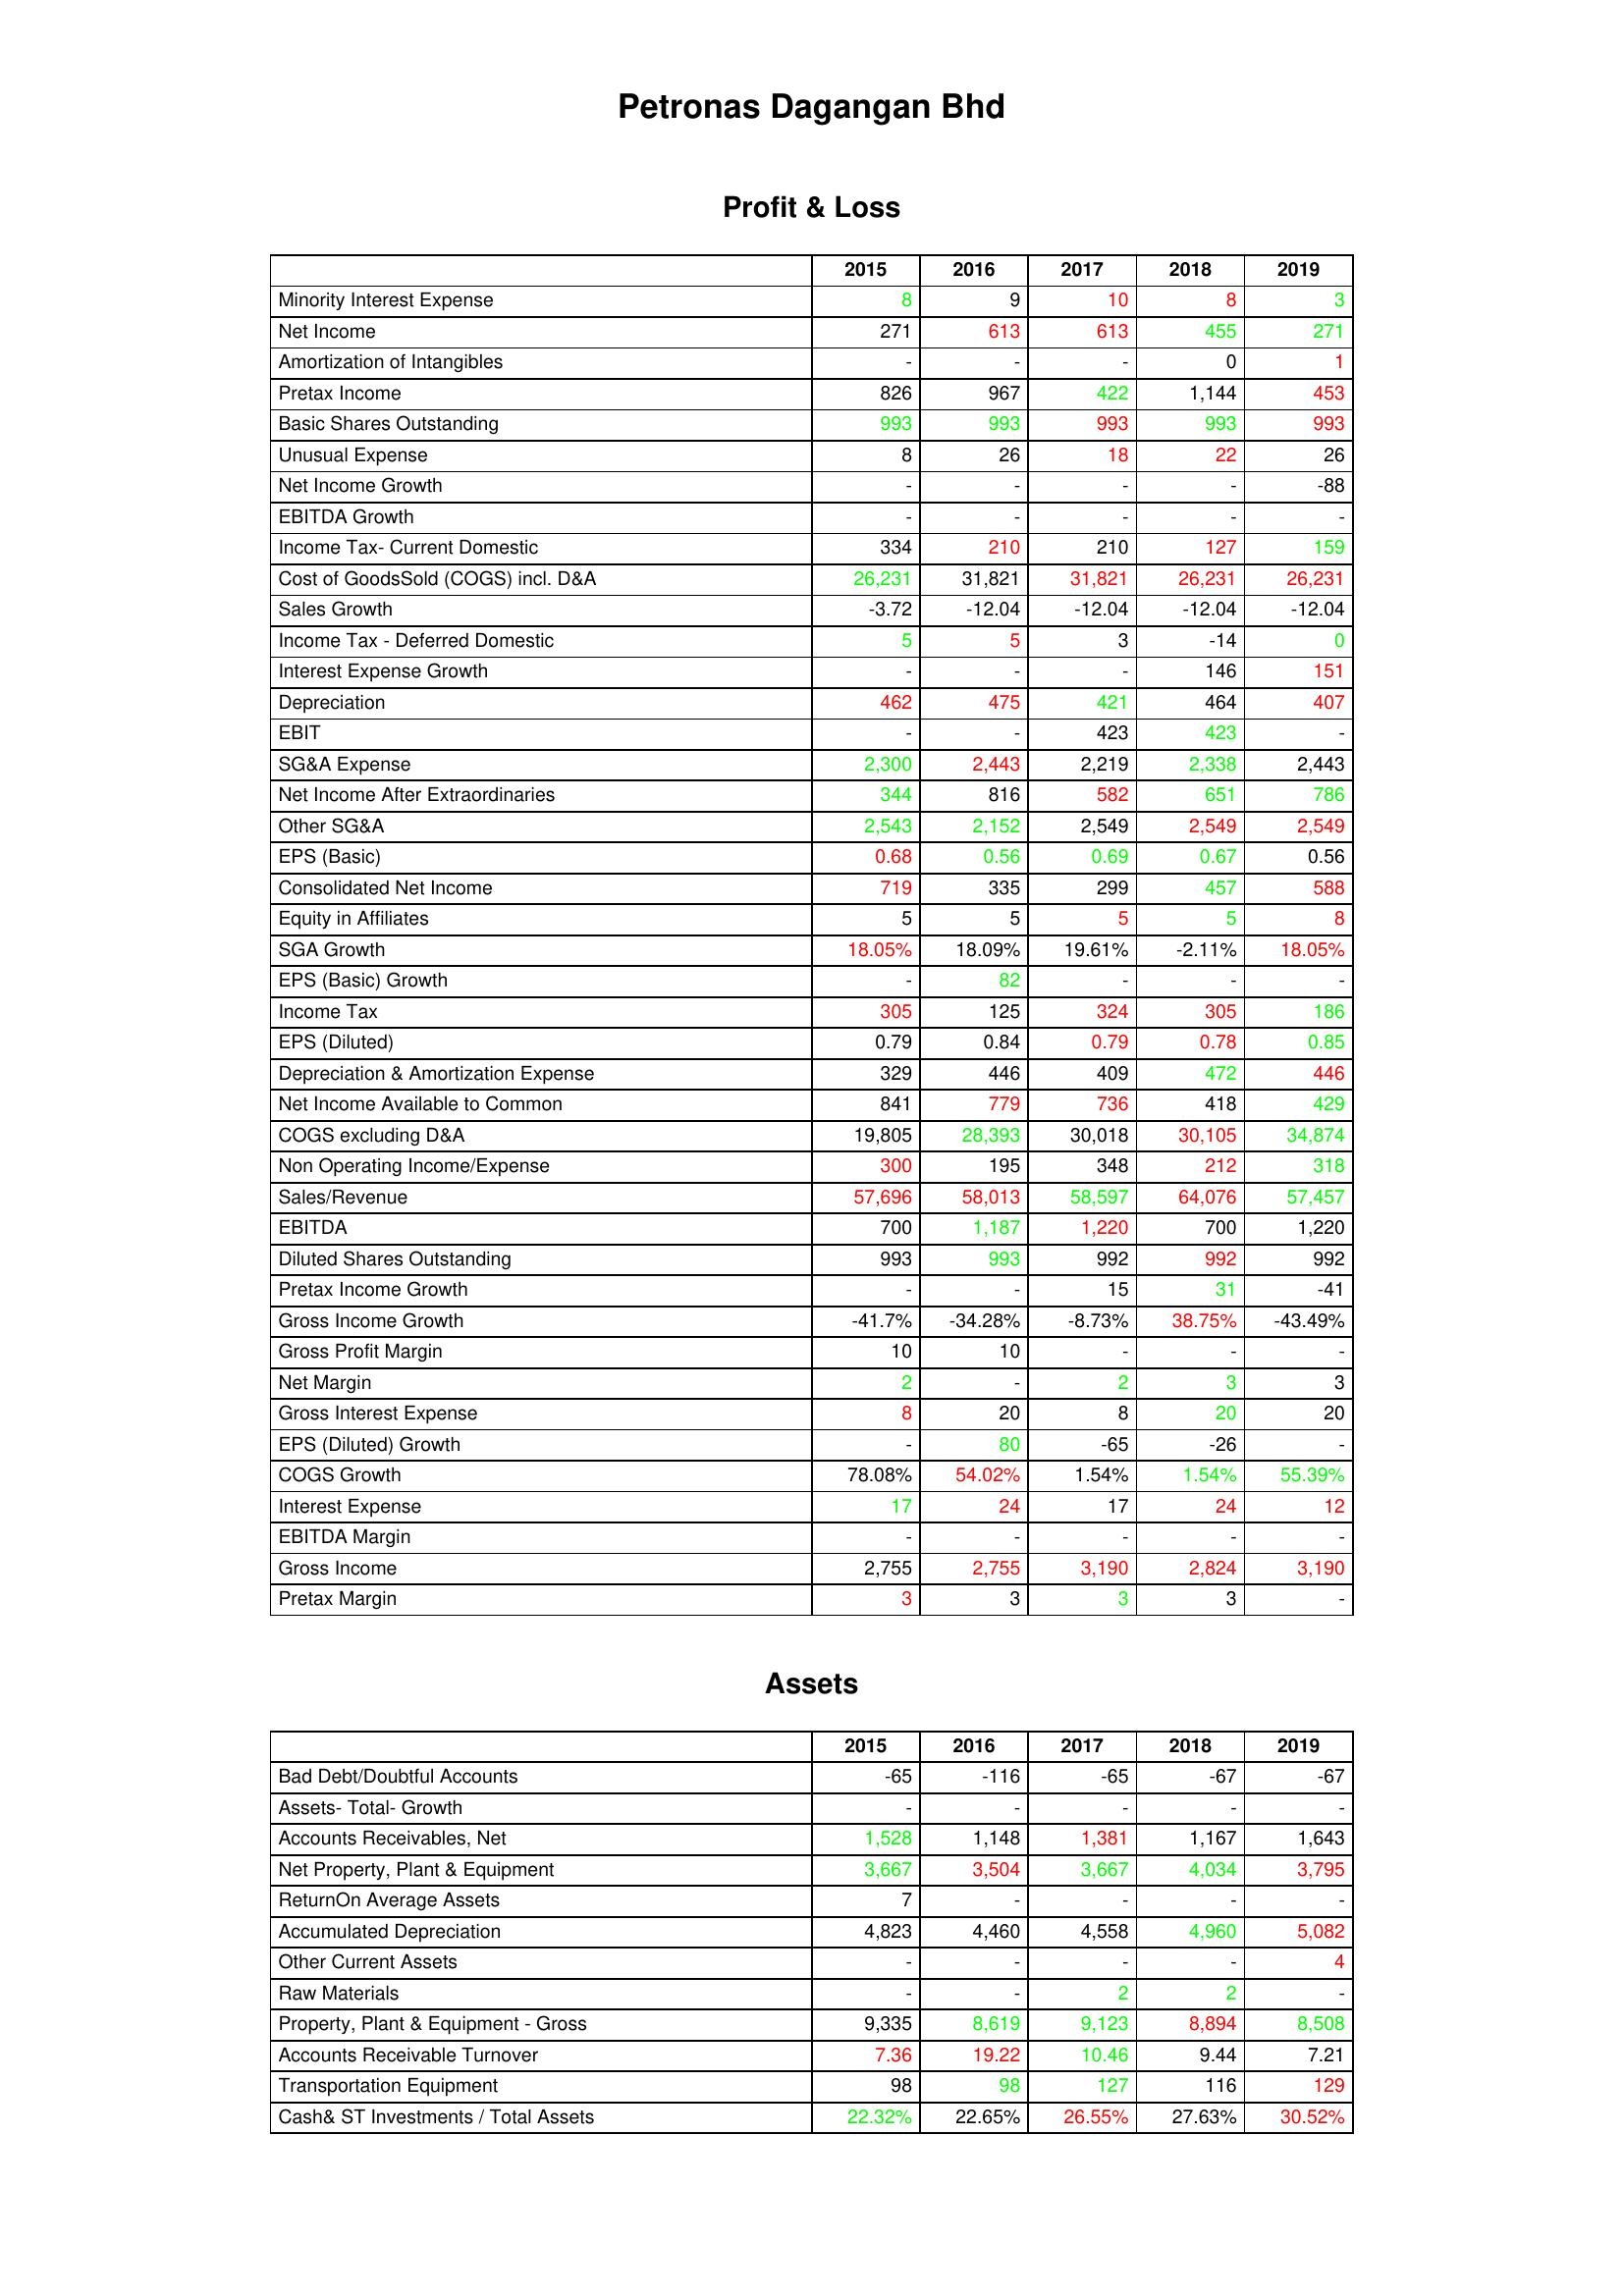
gt_parse: 2015: Profit & Loss: Minority Interest Expense: 8
Net Income: 271
Amortization of Intangibles: -
Pretax Income: 826
Basic Shares Outstanding: 993
Unusual Expense: 8
Net Income Growth: -
EBITDA Growth: -
Income Tax- Current Domestic: 334
Cost of GoodsSold (COGS) incl. D&A: 26,231
Sales Growth: -3.72
Income Tax - Deferred Domestic: 5
Interest Expense Growth: -
Depreciation: 462
EBIT: -
SG&A Expense: 2,300
Net Income After Extraordinaries: 344
Other SG&A: 2,543
EPS (Basic): 0.68
Consolidated Net Income: 719
Equity in Affiliates: 5
SGA Growth: 18.05%
EPS (Basic) Growth: -
Income Tax: 305
EPS (Diluted): 0.79
Depreciation & Amortization Expense: 329
Net Income Available to Common: 841
COGS excluding D&A: 19,805
Non Operating Income/Expense: 300
Sales/Revenue: 57,696
EBITDA: 700
Diluted Shares Outstanding: 993
Pretax Income Growth: -
Gross Income Growth: -41.7%
Gross Profit Margin: 10
Net Margin: 2
Gross Interest Expense: 8
EPS (Diluted) Growth: -
COGS Growth: 78.08%
Interest Expense: 17
EBITDA Margin: -
Gross Income: 2,755
Pretax Margin: 3
Assets: Bad Debt/Doubtful Accounts: -65
Assets- Total- Growth: -
Accounts Receivables, Net: 1,528
Net Property, Plant & Equipment: 3,667
ReturnOn Average Assets: 7
Accumulated Depreciation: 4,823
Other Current Assets: -
Raw Materials: -
Property, Plant & Equipment - Gross : 9,335
Accounts Receivable Turnover: 7.36
Transportation Equipment: 98
Cash& ST Investments / Total Assets: 22.32%
2016: Profit & Loss: Minority Interest Expense: 9
Net Income: 613
Amortization of Intangibles: -
Pretax Income: 967
Basic Shares Outstanding: 993
Unusual Expense: 26
Net Income Growth: -
EBITDA Growth: -
Income Tax- Current Domestic: 210
Cost of GoodsSold (COGS) incl. D&A: 31,821
Sales Growth: -12.04
Income Tax - Deferred Domestic: 5
Interest Expense Growth: -
Depreciation: 475
EBIT: -
SG&A Expense: 2,443
Net Income After Extraordinaries: 816
Other SG&A: 2,152
EPS (Basic): 0.56
Consolidated Net Income: 335
Equity in Affiliates: 5
SGA Growth: 18.09%
EPS (Basic) Growth: 82
Income Tax: 125
EPS (Diluted): 0.84
Depreciation & Amortization Expense: 446
Net Income Available to Common: 779
COGS excluding D&A: 28,393
Non Operating Income/Expense: 195
Sales/Revenue: 58,013
EBITDA: 1,187
Diluted Shares Outstanding: 993
Pretax Income Growth: -
Gross Income Growth: -34.28%
Gross Profit Margin: 10
Net Margin: -
Gross Interest Expense: 20
EPS (Diluted) Growth: 80
COGS Growth: 54.02%
Interest Expense: 24
EBITDA Margin: -
Gross Income: 2,755
Pretax Margin: 3
Assets: Bad Debt/Doubtful Accounts: -116
Assets- Total- Growth: -
Accounts Receivables, Net: 1,148
Net Property, Plant & Equipment: 3,504
ReturnOn Average Assets: -
Accumulated Depreciation: 4,460
Other Current Assets: -
Raw Materials: -
Property, Plant & Equipment - Gross : 8,619
Accounts Receivable Turnover: 19.22
Transportation Equipment: 98
Cash& ST Investments / Total Assets: 22.65%
2017: Profit & Loss: Minority Interest Expense: 10
Net Income: 613
Amortization of Intangibles: -
Pretax Income: 422
Basic Shares Outstanding: 993
Unusual Expense: 18
Net Income Growth: -
EBITDA Growth: -
Income Tax- Current Domestic: 210
Cost of GoodsSold (COGS) incl. D&A: 31,821
Sales Growth: -12.04
Income Tax - Deferred Domestic: 3
Interest Expense Growth: -
Depreciation: 421
EBIT: 423
SG&A Expense: 2,219
Net Income After Extraordinaries: 582
Other SG&A: 2,549
EPS (Basic): 0.69
Consolidated Net Income: 299
Equity in Affiliates: 5
SGA Growth: 19.61%
EPS (Basic) Growth: -
Income Tax: 324
EPS (Diluted): 0.79
Depreciation & Amortization Expense: 409
Net Income Available to Common: 736
COGS excluding D&A: 30,018
Non Operating Income/Expense: 348
Sales/Revenue: 58,597
EBITDA: 1,220
Diluted Shares Outstanding: 992
Pretax Income Growth: 15
Gross Income Growth: -8.73%
Gross Profit Margin: -
Net Margin: 2
Gross Interest Expense: 8
EPS (Diluted) Growth: -65
COGS Growth: 1.54%
Interest Expense: 17
EBITDA Margin: -
Gross Income: 3,190
Pretax Margin: 3
Assets: Bad Debt/Doubtful Accounts: -65
Assets- Total- Growth: -
Accounts Receivables, Net: 1,381
Net Property, Plant & Equipment: 3,667
ReturnOn Average Assets: -
Accumulated Depreciation: 4,558
Other Current Assets: -
Raw Materials: 2
Property, Plant & Equipment - Gross : 9,123
Accounts Receivable Turnover: 10.46
Transportation Equipment: 127
Cash& ST Investments / Total Assets: 26.55%
2018: Profit & Loss: Minority Interest Expense: 8
Net Income: 455
Amortization of Intangibles: 0
Pretax Income: 1,144
Basic Shares Outstanding: 993
Unusual Expense: 22
Net Income Growth: -
EBITDA Growth: -
Income Tax- Current Domestic: 127
Cost of GoodsSold (COGS) incl. D&A: 26,231
Sales Growth: -12.04
Income Tax - Deferred Domestic: -14
Interest Expense Growth: 146
Depreciation: 464
EBIT: 423
SG&A Expense: 2,338
Net Income After Extraordinaries: 651
Other SG&A: 2,549
EPS (Basic): 0.67
Consolidated Net Income: 457
Equity in Affiliates: 5
SGA Growth: -2.11%
EPS (Basic) Growth: -
Income Tax: 305
EPS (Diluted): 0.78
Depreciation & Amortization Expense: 472
Net Income Available to Common: 418
COGS excluding D&A: 30,105
Non Operating Income/Expense: 212
Sales/Revenue: 64,076
EBITDA: 700
Diluted Shares Outstanding: 992
Pretax Income Growth: 31
Gross Income Growth: 38.75%
Gross Profit Margin: -
Net Margin: 3
Gross Interest Expense: 20
EPS (Diluted) Growth: -26
COGS Growth: 1.54%
Interest Expense: 24
EBITDA Margin: -
Gross Income: 2,824
Pretax Margin: 3
Assets: Bad Debt/Doubtful Accounts: -67
Assets- Total- Growth: -
Accounts Receivables, Net: 1,167
Net Property, Plant & Equipment: 4,034
ReturnOn Average Assets: -
Accumulated Depreciation: 4,960
Other Current Assets: -
Raw Materials: 2
Property, Plant & Equipment - Gross : 8,894
Accounts Receivable Turnover: 9.44
Transportation Equipment: 116
Cash& ST Investments / Total Assets: 27.63%
2019: Profit & Loss: Minority Interest Expense: 3
Net Income: 271
Amortization of Intangibles: 1
Pretax Income: 453
Basic Shares Outstanding: 993
Unusual Expense: 26
Net Income Growth: -88
EBITDA Growth: -
Income Tax- Current Domestic: 159
Cost of GoodsSold (COGS) incl. D&A: 26,231
Sales Growth: -12.04
Income Tax - Deferred Domestic: 0
Interest Expense Growth: 151
Depreciation: 407
EBIT: -
SG&A Expense: 2,443
Net Income After Extraordinaries: 786
Other SG&A: 2,549
EPS (Basic): 0.56
Consolidated Net Income: 588
Equity in Affiliates: 8
SGA Growth: 18.05%
EPS (Basic) Growth: -
Income Tax: 186
EPS (Diluted): 0.85
Depreciation & Amortization Expense: 446
Net Income Available to Common: 429
COGS excluding D&A: 34,874
Non Operating Income/Expense: 318
Sales/Revenue: 57,457
EBITDA: 1,220
Diluted Shares Outstanding: 992
Pretax Income Growth: -41
Gross Income Growth: -43.49%
Gross Profit Margin: -
Net Margin: 3
Gross Interest Expense: 20
EPS (Diluted) Growth: -
COGS Growth: 55.39%
Interest Expense: 12
EBITDA Margin: -
Gross Income: 3,190
Pretax Margin: -
Assets: Bad Debt/Doubtful Accounts: -67
Assets- Total- Growth: -
Accounts Receivables, Net: 1,643
Net Property, Plant & Equipment: 3,795
ReturnOn Average Assets: -
Accumulated Depreciation: 5,082
Other Current Assets: 4
Raw Materials: -
Property, Plant & Equipment - Gross : 8,508
Accounts Receivable Turnover: 7.21
Transportation Equipment: 129
Cash& ST Investments / Total Assets: 30.52%